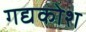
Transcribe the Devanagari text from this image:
गद्यकोश